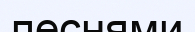
песнями